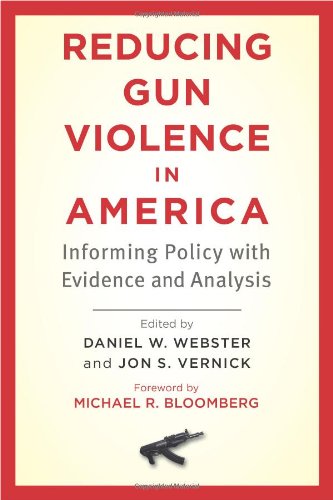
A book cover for Reducing Gun Violence in America: Informing Policy with Evidence and Analysis; Medical Books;